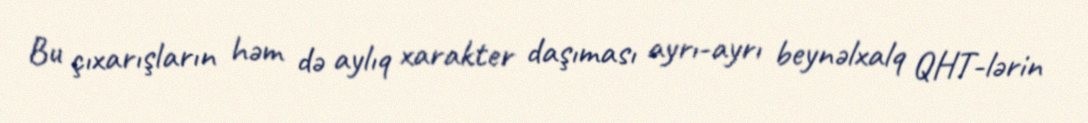
Bu çıxarışların həm də aylıq xarakter daşıması ayrı-ayrı beynəlxalq QHT-lərin